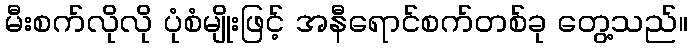
မီးစက်လိုလို ပုံစံမျိုးဖြင့် အနီရောင်စက်တစ်ခု တွေ့သည်။